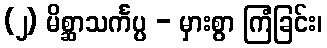
(၂) မိစ္ဆာသင်္ကပ္ပ - မှားစွာ ကြံခြင်း၊